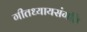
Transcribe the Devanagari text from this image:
गीतध्यायसंगति